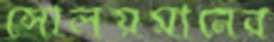
সোলয়মানের